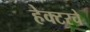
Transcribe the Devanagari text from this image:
हेक्टरचे